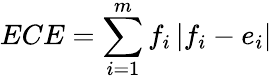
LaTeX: ECE=\sum_{i=1}^{m}f_{i}\left|f_{i}-e_{i}\right|